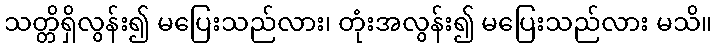
သတ္တိရှိလွန်း၍ မပြေးသည်လား၊ တုံးအလွန်း၍ မပြေးသည်လား မသိ။